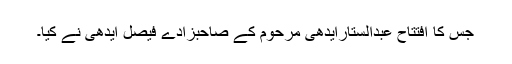
جس کا افتتاح عبدالستارایدھی مرحوم کے صاحبزادے فیصل ایدھی نے کیا۔